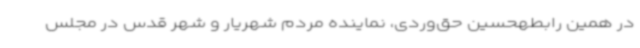
در همین رابطهحسین حق‌وردی، نماینده مردم شهریار و شهر قدس در مجلس